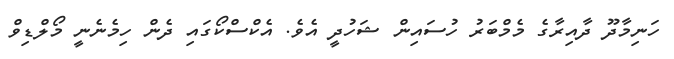
ހަނިމާދޫ ދާއިރާގެ މެމްބަރު ހުސައިން ޝަހުދީ އެވެ. އެކްސްކޯގައި ދެން ހިމެނެނީ މޯލްޑިވް